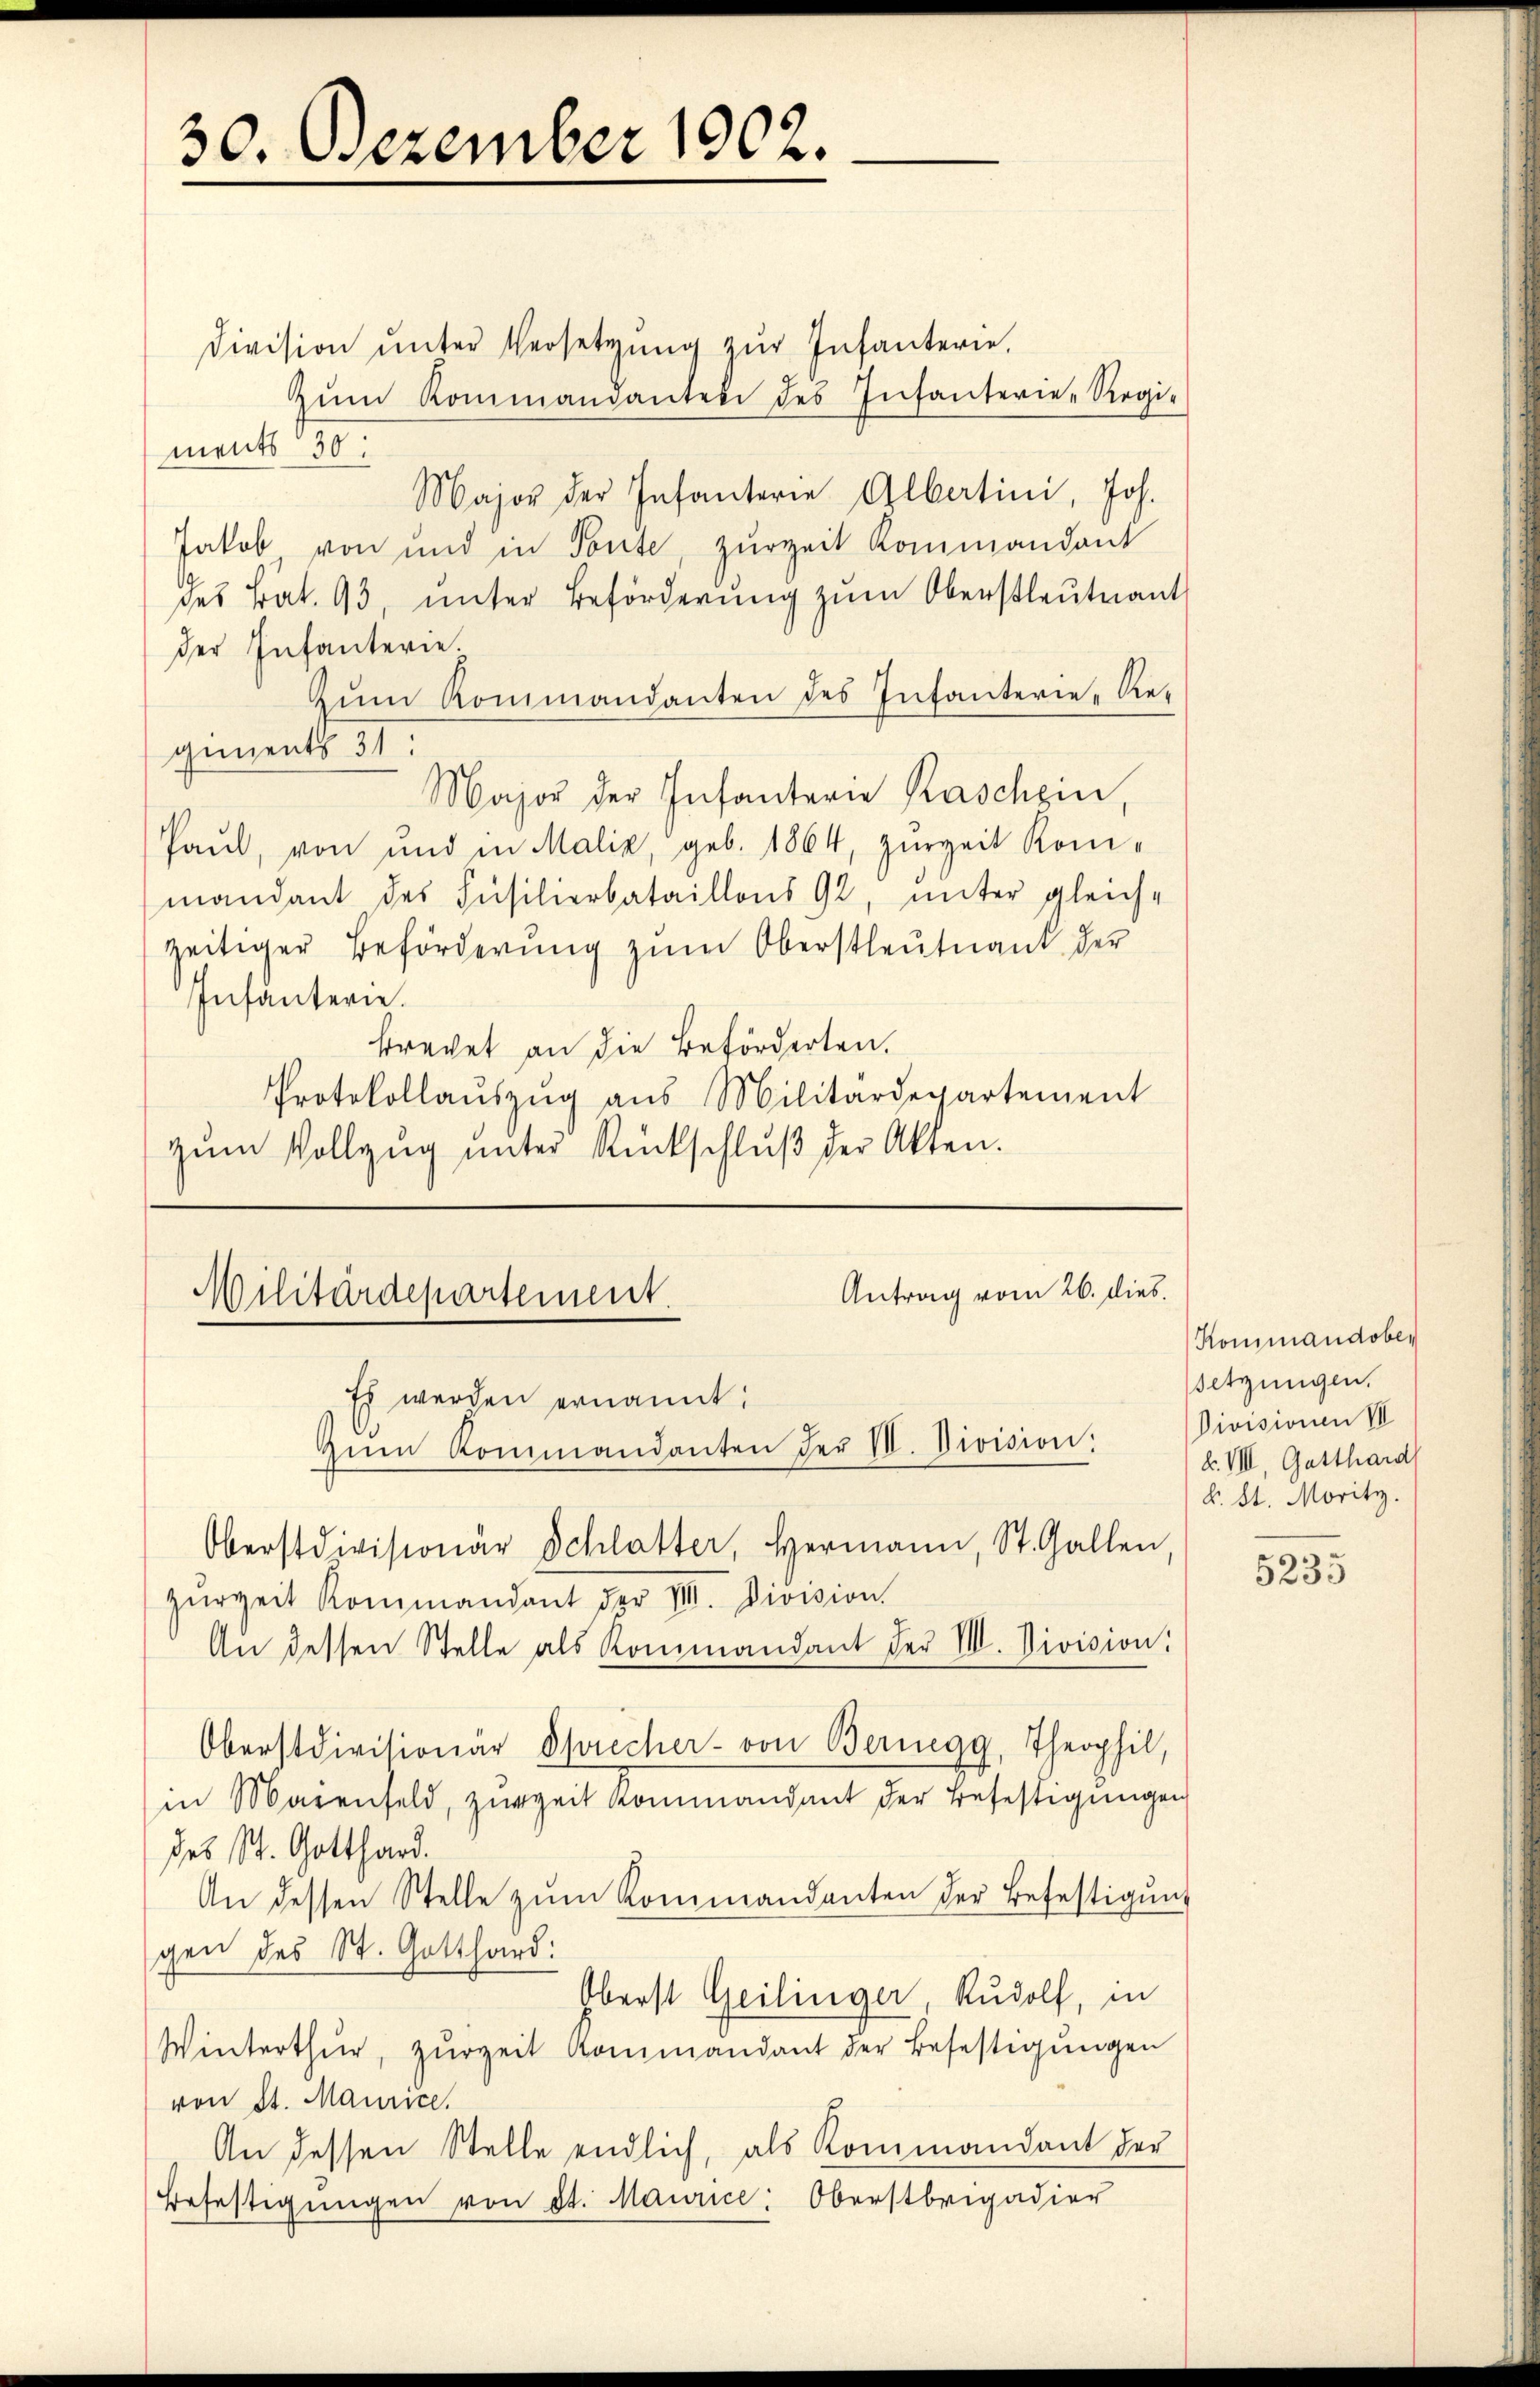
30. Dezember 1902.

Division ŭnter Versetzŭng zŭr Infanterie.
zŭm Kommandanten des Infanterie-Regi-
ments 130.
Major der Infanterie Albertini, Joh.
Jakob von und in Tonte, zurzeit Kommandant
des Bat. 93, unter Beförderung zum Oberstleutnant
der Infanterie.
zŭm Kommandanten des Infanterie-Re-
giments 31.
Major der Infanterie Raschein,
Paul, von und in Malik, geb. 1864, zurzeit Koni-
mandant des Füsilierbataillons 92, unter gleich-
zeitiger Beförderung zum Oberstleutnant der
Infantern.
brechet an die Beförderten.
Protokollaŭszŭg aŭs Militärdepartement
zŭm Vollzŭg ŭnter Rückschlŭβ der Akten.

Antrag vom 26. dies
Militärdepartement.
Es werden ernannt:
zŭm Kommandanten der VI. Division:

Oberstdivisionär Schlatter, Hermann, St. Gallen

zŭrzeit Kommandant der VIII. Division.
An dessen Stelle als Kommandant der VIII. Division.
Oberstdivisionär Sprecher- von Bernegg, Theophil,
in Marenfeld, zŭr zeit Kommandant der Befestigŭngen
des St. Gotthard.
An dessen Stelle zŭm Kommandanten der Befestigŭng
gen des St. Gotthard:
Oberst Geilinger, Rudolf, in
Winterthur, zŭrzeit Kommandant der Befestigŭngen
von St. Maurice,
An dessen Stelle endlich, als Kommandant der
Befestigungen von St. Maurice, Oberstbrigadier

Kommandober
setzungen.
Divisionen VII
k. VIII. Gatthard
k. St. Moritz.

5235